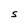
Character: S